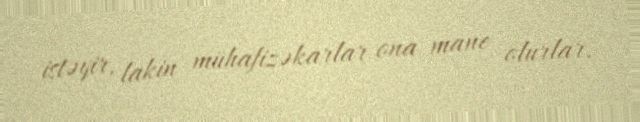
istəyir, lakin mühafizəkarlar ona mane olurlar.